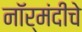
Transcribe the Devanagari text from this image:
नॉर्मंदीचे